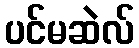
ပင်မဆဲလ်